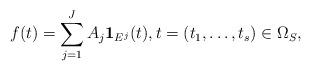
LaTeX: \begin{align*}f (t)=\sum_{j=1}^{J } A_{j } \mathbf{1}_{E^{j}}(t), t=(t_1,\ldots, t_s)\in \Omega_S,\end{align*}